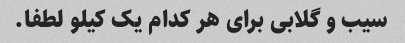
سیب و گلابی برای هر کدام یک کیلو لطفا.